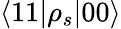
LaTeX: \langle 11|\rho_{s}|00\rangle